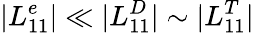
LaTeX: |L_{11}^{e}|\ll|L_{11}^{D}|\sim|L_{11}^{T}|